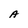
Character: A